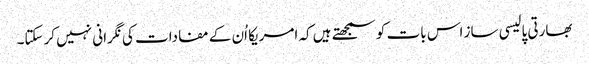
بھارتی پالیسی ساز اس بات کو سمجھتے ہیں کہ امریکا اُن کے مفادات کی نگرانی نہیں کرسکتا۔